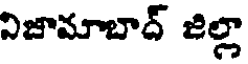
విజామాబాద్ జిల్లా